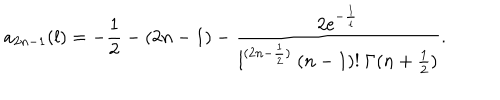
a _ { 2 n - 1 } ( l ) = - { \frac { 1 } { 2 } } - ( 2 n - 1 ) - { \frac { 2 \mathrm { e } ^ { - { \frac { 1 } { l } } } } { { l } { } ^ { ( 2 n - { \frac { 1 } { 2 } } ) } \ ( n - 1 ) ! \ \Gamma ( n + { \frac { 1 } { 2 } } ) } } .